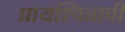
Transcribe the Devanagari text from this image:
प्रायश्चित्ताची